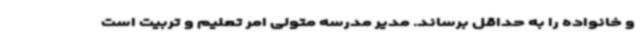
و خانواده را به حداقل برساند. مدیر مدرسه متولی امر تعلیم و تربیت است